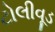
ટોલીવૂડ